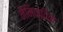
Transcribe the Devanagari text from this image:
नैमिक्तिक